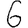
Digit: 6